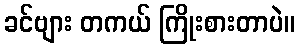
ခင်ဗျား တကယ် ကြိုးစားတာပဲ။